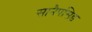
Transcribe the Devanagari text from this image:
सानैपसिड